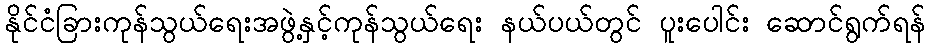
နိုင်ငံခြားကုန်သွယ်ရေးအဖွဲ့နှင့်ကုန်သွယ်ရေး နယ်ပယ်တွင် ပူးပေါင်း ဆောင်ရွက်ရန်